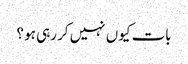
بات کیوں نہیں کر رہی ہو ؟